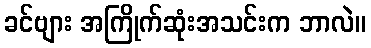
ခင်ဗျား အကြိုက်ဆုံးအသင်းက ဘာလဲ။